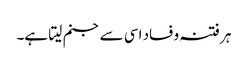
ہر فتنہ و فساد اسی سے جنم لیتا ہے۔